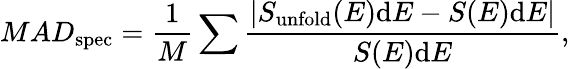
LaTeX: MAD_{\mathrm{spec}}=\frac{1}{M}\sum\frac{|S_{\mathrm{unfold}}(E)\mathrm{d}E-S(E)\mathrm{d}E|}{S(E)\mathrm{d}E},